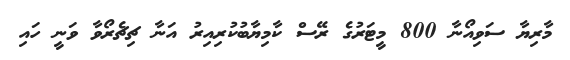
މާރިޔާ ސަވިއޯނާ 800 މީޓަރުގެ ރޭސް ކާމިޔާބުކުރިއިރު އަނާ ޗިޗެރޯވާ ވަނީ ހައި